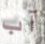
آب